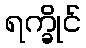
ရက္ခိုင်